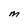
Character: M